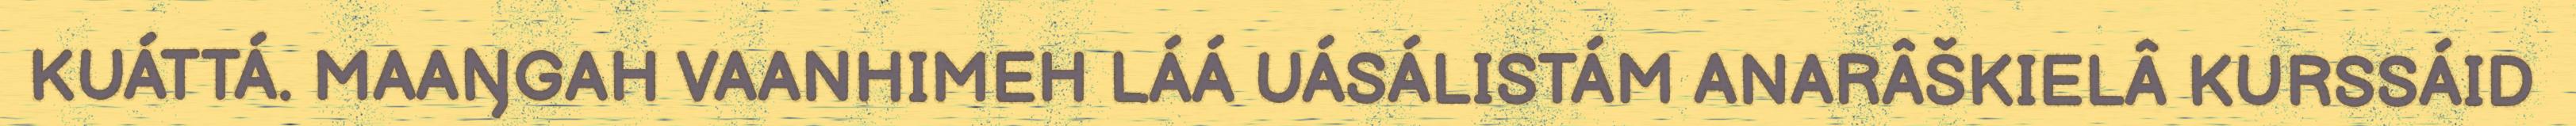
KUÁTTÁ. MAAŊGAH VAANHIMEH LÁÁ UÁSÁLISTÁM ANARÂŠKIELÂ KURSSÁID